Vaccination North-Western Provinces and Oudh 1896-1901 - 1896-1901
Year: 1896
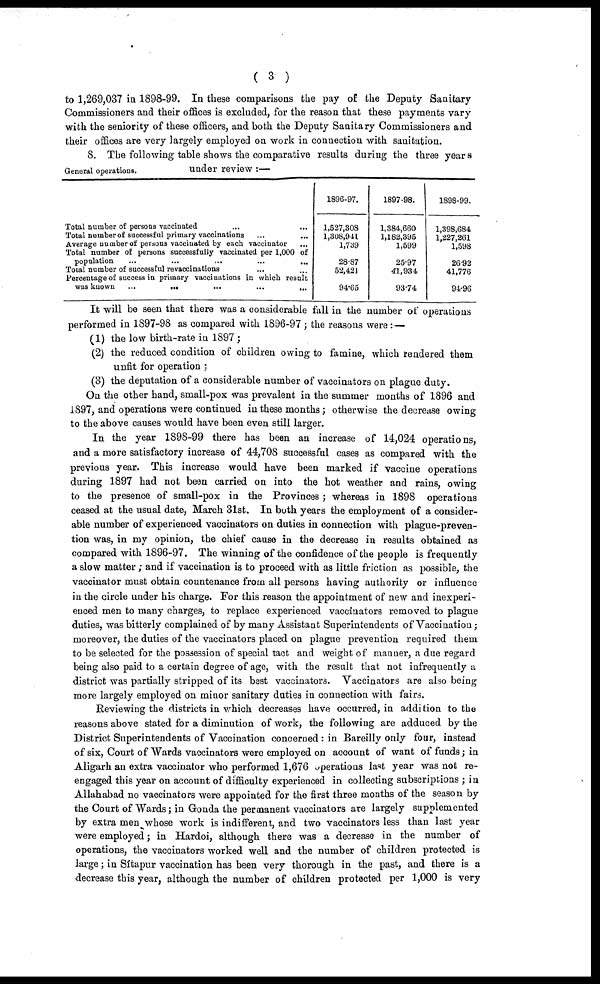
( 3 )
to 1,269,037 in 1898-99. In these comparisons the pay of the Deputy Sanitary
Commissioners and their offices is excluded, for the reason that these payments vary
with the seniority of these officers, and both the Deputy Sanitary Commissioners and
their offices are very largely employed on work in connection with sanitation.
General operations.
8. The following table shows the comparative results during the three years
under review :—
Total number of persons vaccinated
Total number of successful primary vaccinations
Average number of persons vaccinated by each vaccinator
Total number of persons successfully vaccinated per 1,000 of
population
...
...
...
...
...
Total number of successful re vaccinations
Percentage of success in primary vaccinations in which result
was known
...
...
...
...
...
1896-97.
1,527,308
1,308,941
1,739
28.87
52,421
94.65
1897-98.
1,384,660
1,182,395
1,599
25.97
41,934
93.74
1898-99.
1,398,684
1,227,261
1,598
26.92
41,776
94.96
It will be seen that there was a considerable fall in the number of operations
performed in 1897-98 as compared with 1896-97 ; the reasons were:—
(1) the low birth-rate in 1897 ;
(2) the reduced condition of children owing to famine, which rendered them
unfit for operation ;
(3) the deputation of a considerable number of vaccinators on plague duty.
On the other hand, small-pox was prevalent in the summer months of 1896 and
1897, and operations were continued in these months; otherwise the decrease owing
to the above causes would have been even still larger.
In the year 1898-99 there has been an increase of 14,024 operations,
and a more satisfactory increase of 44,708 successful cases as compared with the
previous year. This increase would have been marked if vaccine operations
during 1897 had not been carried on into the hot weather and rains, owing
to the presence of small-pox in the Provinces; whereas in 1898 operations
ceased at the usual date, March 31st. In both years the employment of a consider-
able number of experienced vaccinators on duties in connection with plague-preven-
tion was, in my opinion, the chief cause in the decrease in results obtained as
compared with 1896-97. The winning of the confidence of the people is frequently
a slow matter ; and if vaccination is to proceed with as little friction as possible, the
vaccinator must obtain countenance from all persons having authority or influence
in the circle under his charge. For this reason the appointment of new and inexperi-
enced men to many charges, to replace experienced vaccinators removed to plague
duties, was bitterly complained of by many Assistant Superintendents of Vaccination;
moreover, the duties of the vaccinators placed on plague prevention required them
to be selected for the possession of special tact and weight of manner, a due regard
being also paid to a certain degree of age, with the result that not infrequently a
district was partially stripped of its best vaccinators. Vaccinators are also being
more largely employed on minor sanitary duties in connection with fairs.
Reviewing the districts in which decreases have occurred, in addition to the
reasons above stated for a diminution of work, the following are adduced by the
District Superintendents of Vaccination concerned : in Bareilly only four, instead
of six, Court of Wards vaccinators were employed on account of want of funds; in
Aligarh an extra vaccinator who performed 1,676 operations last year was not re-
engaged this year on account of difficulty experienced in collecting subscriptions ; in
Allahabad no vaccinators were appointed for the first three months of the season by
the Court of Wards; in Gonda the permanent vaccinators are largely supplemented
by extra men whose work is indifferent, and two vaccinators less than last year
were employed; in Hardoi, although there was a decrease in the number of
operations, the vaccinators worked well and the number of children protected is
large; in Sítapur vaccination has been very thorough in the past, and there is a
decrease this year, although the number of children protected per 1,000 is very